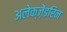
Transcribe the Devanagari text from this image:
अलेक्ज़ेंडरिन